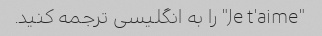
"Je t'aime" را به انگلیسی ترجمه کنید.